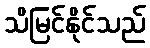
သိမြင်နိုင်သည်